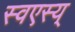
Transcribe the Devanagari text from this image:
स्वएस्य्